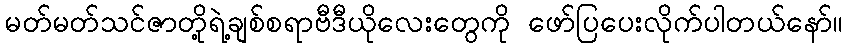
မတ်မတ်သင်ဇာတို့ရဲ့ချစ်စရာဗီဒီယိုလေးတွေကို ဖော်ပြပေးလိုက်ပါတယ်နော်။